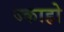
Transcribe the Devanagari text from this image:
ज्काहो